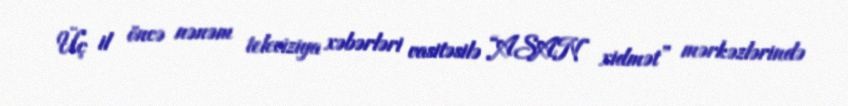
Üç il öncə nənəm televiziya xəbərləri vasitəsilə “ASAN xidmət” mərkəzlərində